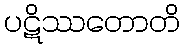
ပဋိဿတောတိ